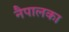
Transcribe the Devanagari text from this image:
नैपालका